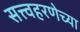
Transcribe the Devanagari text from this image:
सत्त्वहरणेच्या